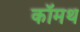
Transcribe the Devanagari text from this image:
कॉमथ